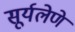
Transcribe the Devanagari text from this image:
सूर्यलेणे